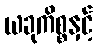
ယခုကိစ္စနှင့်